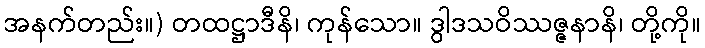
အနက်တည်း။) တထဋ္ဌာဒီနိ၊ ကုန်သော။ ဒွါဒသဝိဿဇ္ဇနာနိ၊ တို့ကို။